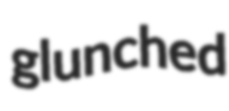
glunched